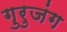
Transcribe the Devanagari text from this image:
गुरुजंग